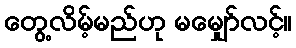
တွေ့လိမ့်မည်ဟု မမျှော်လင့်။